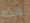
هذه